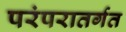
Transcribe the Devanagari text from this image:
परंपरातर्गत